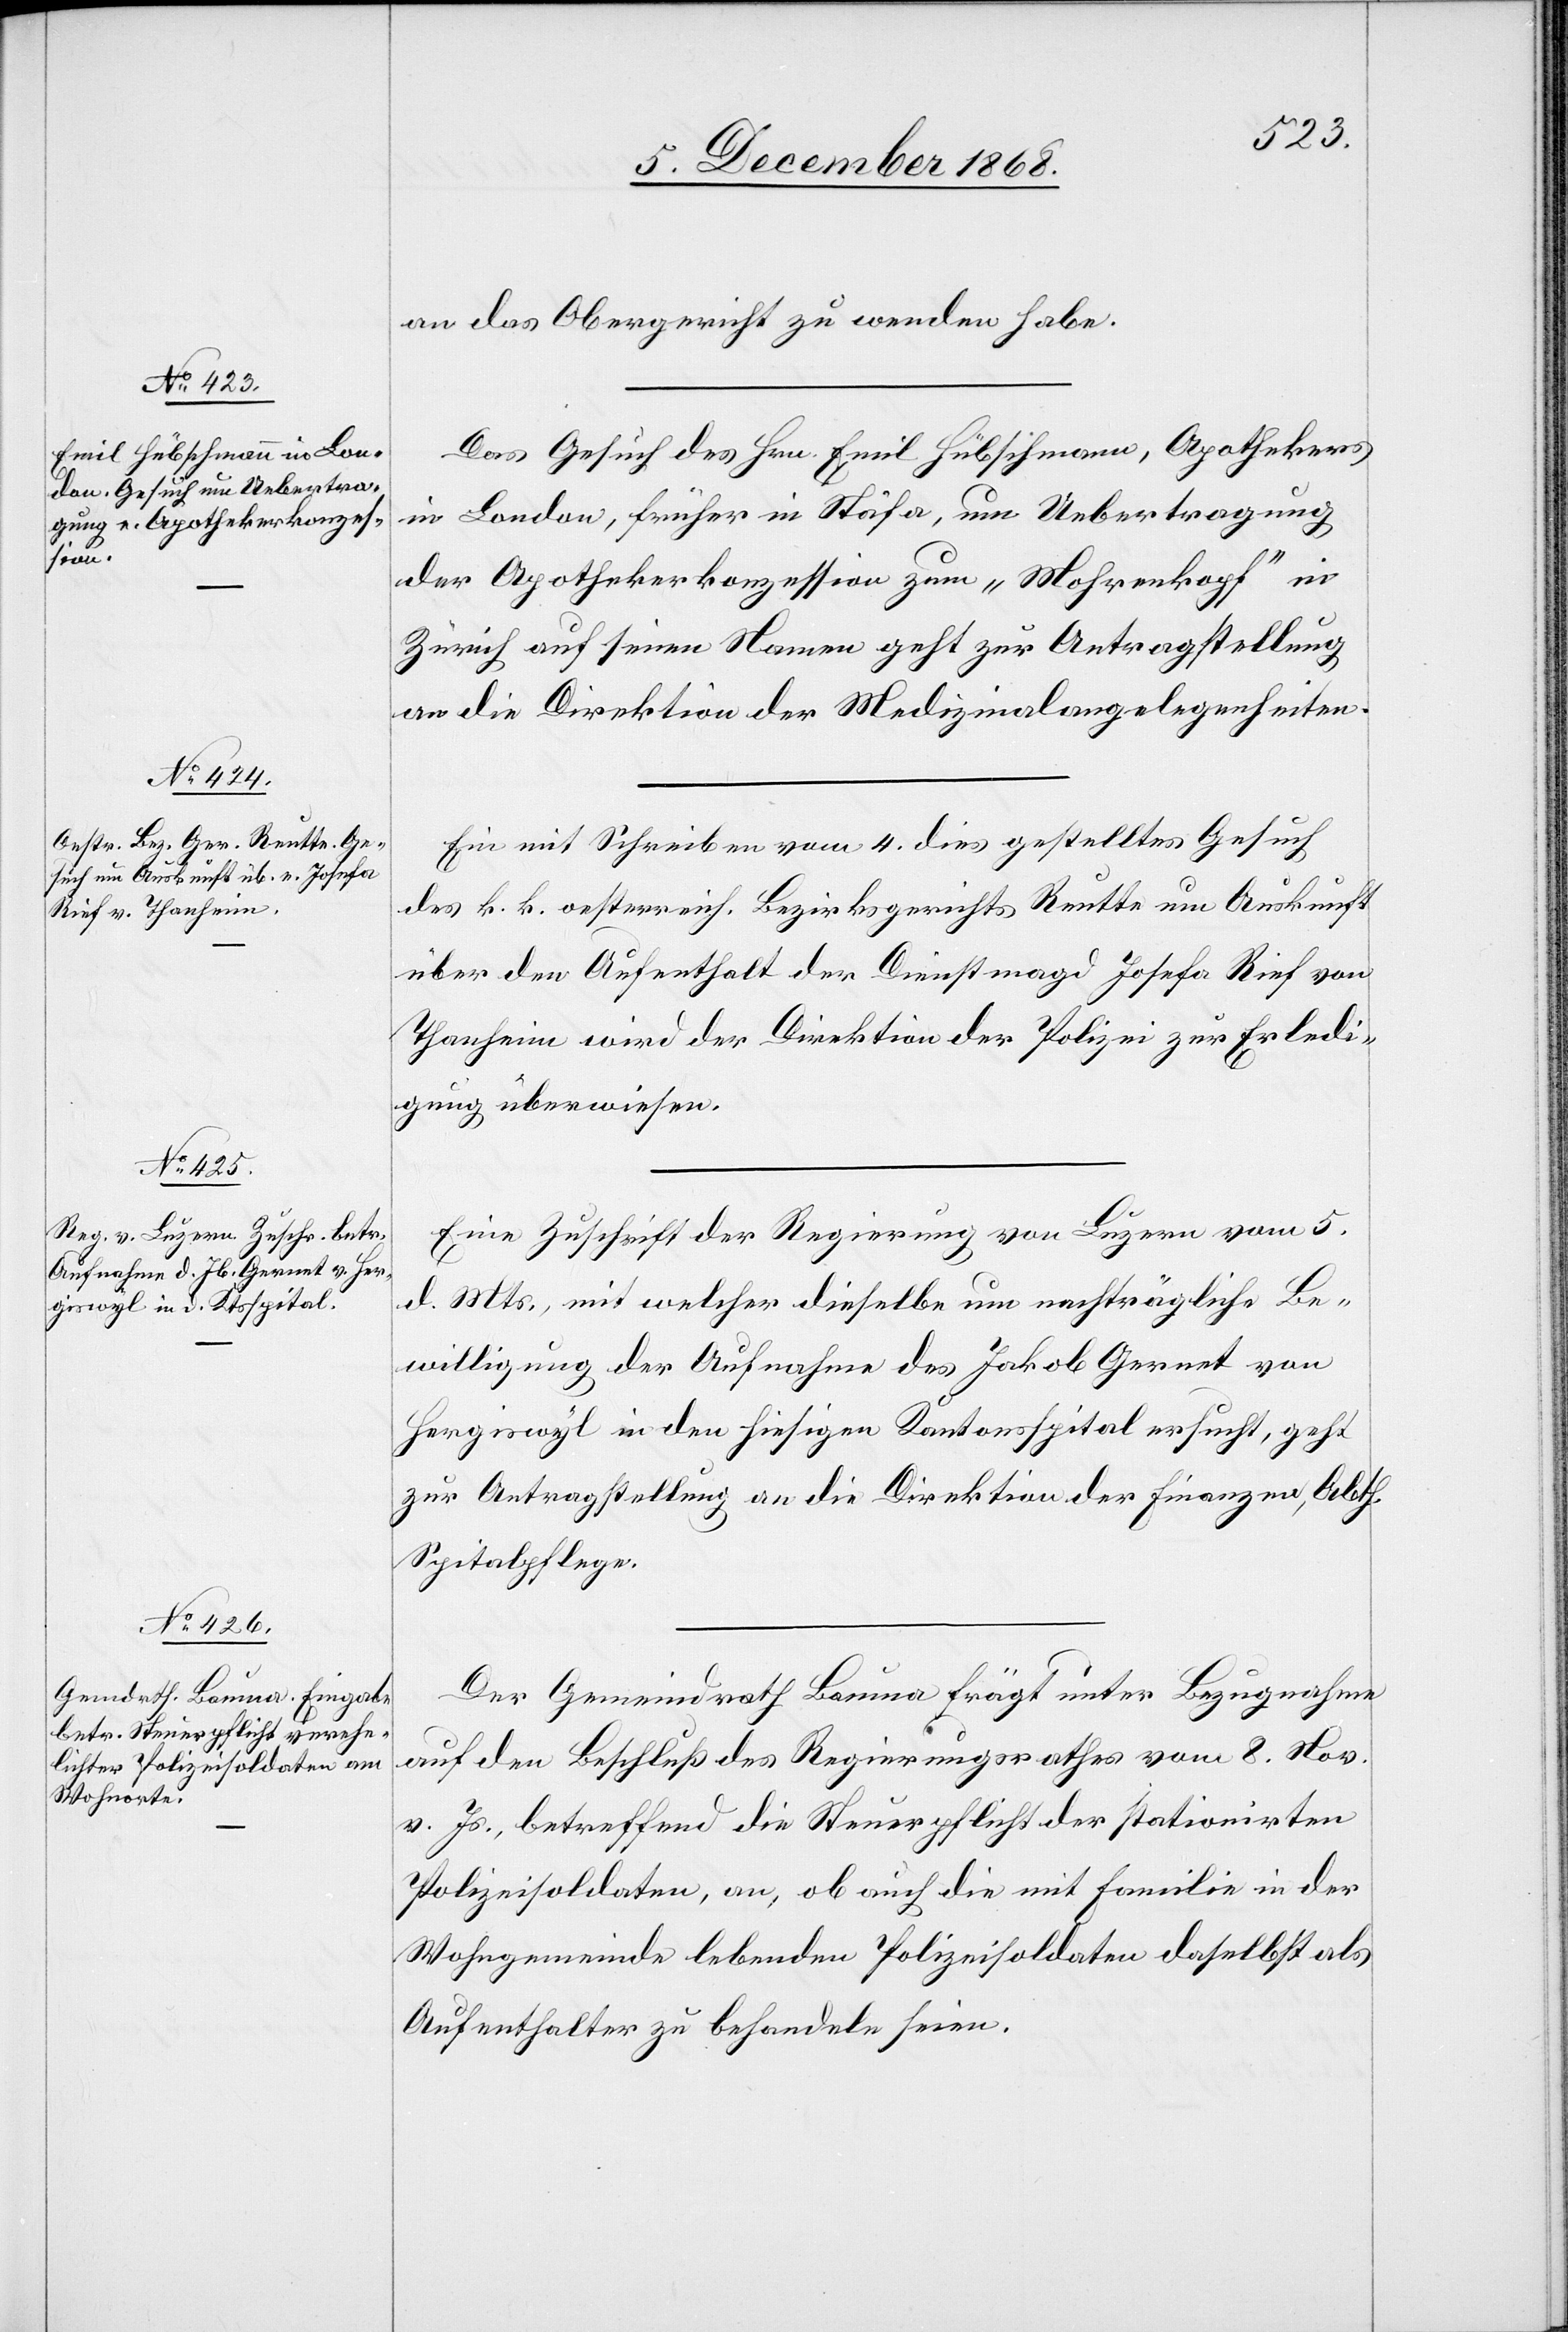
7. December 1868.]
an das Obergericht zu wenden habe.
Das Gesuch des Hrn. Emil Hübschmann, Apothekers
in London, früher in Stäfa, um Uebertragung
der Apothekerkonzession zum „Mohrenkopf“ in
Zürich auf seinen Namen geht zur Antragstellung
an die Direktion der Medizinalangelegenheiten.
Ein mit Schreiben vom 4. dies gestelltes Gesuch
des k. k. oesterreich. Bezirksgerichts Reutte um Auskunft
über den Aufenthalt der Dienstmagd Josefa Rief von
Thanheim wird der Direktion der Polizei zur Erledi¬
gung überwiesen.
Eine Zuschrift der Regierung von Luzern vom 5.
d. Mts., mit welcher dieselbe um nachträgliche Be¬
willigung der Aufnahme des Jakob Gernet von
Hergiswyl in den hiesigen Kantonsspital ersucht, geht
zur Antragstellung an die Direktion der Finanzen, Abth.
Spitalpflege.
Der Gemeindrath Bauma frägt unter Bezugnahme
auf den Beschluß des Regierungsrathes vom 8. Nov.
v. Js., betreffend die Steuerpflicht der stationirten
Polizeisoldaten, an, ob auch die mit Familie in der
Wohngemeinde lebenden Polizeisoldaten daselbst als
Aufenthalter zu behandeln seien.